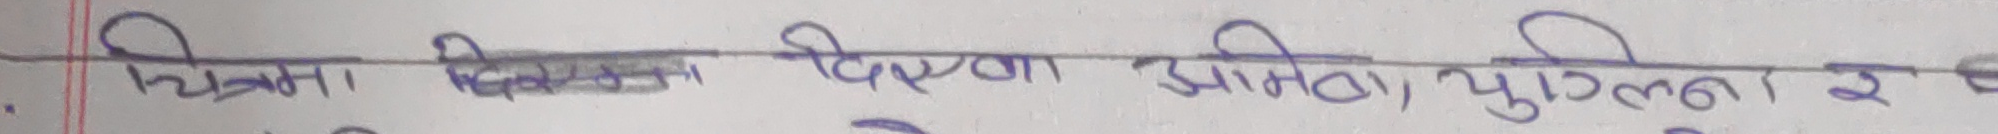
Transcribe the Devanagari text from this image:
चित्रमा दिएका अनिता पुगिन् र